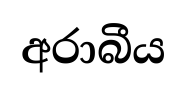
අරාබීය